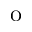
\mathrm { o }